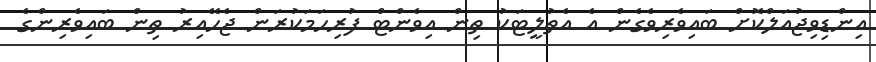
އިންޑިވިޖުއަލްކޮށް ބައިވެރިވެގެން އެ އެތުލީޓަކު ތިން އިވެންޓް ފުރިހަމަކުރަން ޖެހޭއިރު ތިން ބައިވެރިންގެ